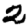
Digit: 2